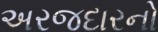
અરજદારનો